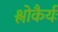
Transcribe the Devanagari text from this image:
श्लोकैर्यः